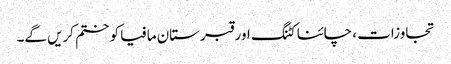
تجاوزات ، چائنا کٹنگ اور قبرستان مافیا کو ختم کریں گے۔